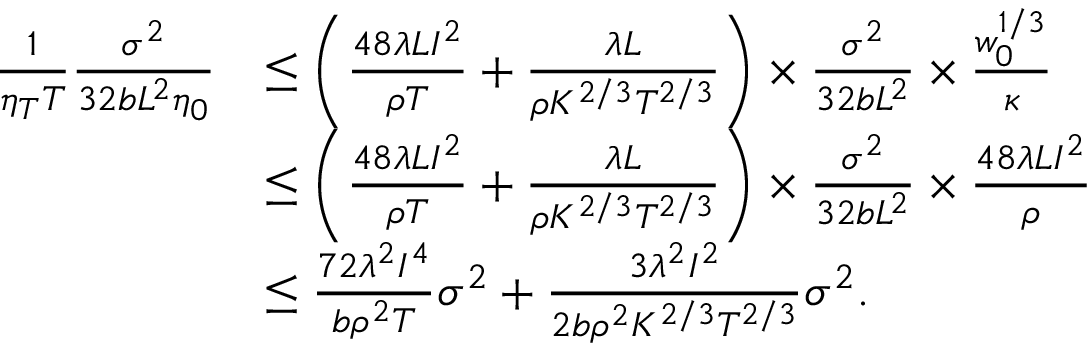
\begin{array} { r l } { \frac { 1 } { \eta _ { T } T } \frac { \sigma ^ { 2 } } { 3 2 b L ^ { 2 } \eta _ { 0 } } } & { \leq \bigg ( \frac { 4 8 \lambda L I ^ { 2 } } { \rho T } + \frac { \lambda L } { \rho K ^ { 2 / 3 } T ^ { 2 / 3 } } \bigg ) \times \frac { \sigma ^ { 2 } } { 3 2 b L ^ { 2 } } \times \frac { w _ { 0 } ^ { 1 / 3 } } { \kappa } } \\ & { \leq \bigg ( \frac { 4 8 \lambda L I ^ { 2 } } { \rho T } + \frac { \lambda L } { \rho K ^ { 2 / 3 } T ^ { 2 / 3 } } \bigg ) \times \frac { \sigma ^ { 2 } } { 3 2 b L ^ { 2 } } \times \frac { 4 8 \lambda L I ^ { 2 } } { \rho } } \\ & { \leq \frac { 7 2 \lambda ^ { 2 } I ^ { 4 } } { b \rho ^ { 2 } T } \sigma ^ { 2 } + \frac { 3 \lambda ^ { 2 } I ^ { 2 } } { 2 b \rho ^ { 2 } K ^ { 2 / 3 } T ^ { 2 / 3 } } \sigma ^ { 2 } . } \end{array}